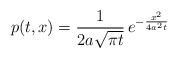
\begin{align*} {p}(t, x) = \frac{1}{2a\sqrt{\pi t}}\, e^{-\frac{x^2}{4a^2t}}\end{align*}